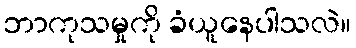
ဘာကုသမှုကို ခံယူနေပါသလဲ။